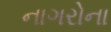
નાગરોના